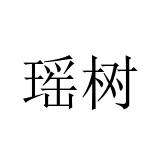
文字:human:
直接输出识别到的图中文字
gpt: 瑶树